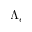
\Lambda _ { e }